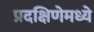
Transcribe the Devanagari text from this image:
प्रदक्षिणेमध्ये